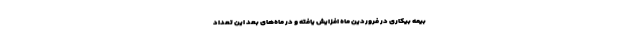
بیمه بیکاری در فروردین ماه افزایش یافته و در ماه‌های بعد این تعداد